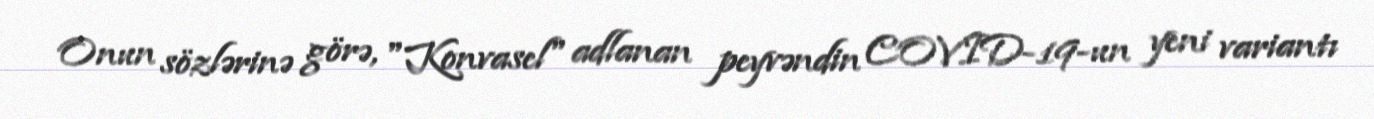
Onun sözlərinə görə, "Konvasel" adlanan peyvəndin COVID-19-un yeni variantı